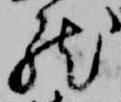
然